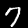
Label: 7